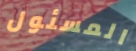
المسئول